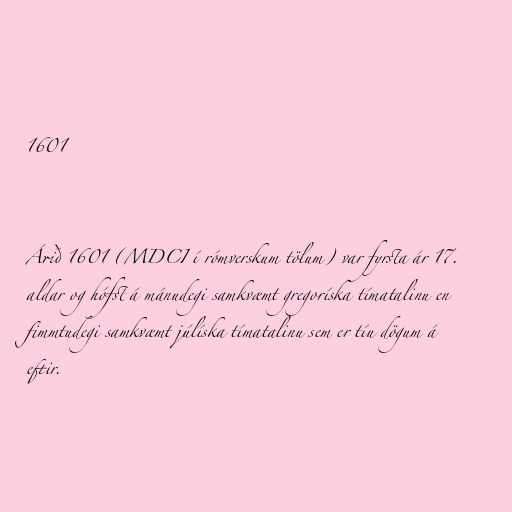
1601

Árið 1601 (MDCI í rómverskum tölum) var fyrsta ár 17.
aldar og hófst á mánudegi samkvæmt gregoríska tímatalinu en
fimmtudegi samkvæmt júlíska tímatalinu sem er tíu dögum á
eftir.